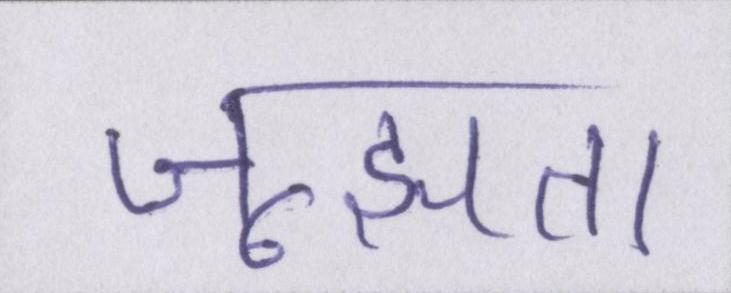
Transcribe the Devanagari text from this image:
जूझता